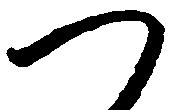
つ